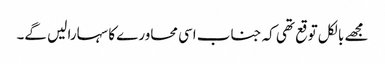
مجھے بالکل توقع تھی کہ جناب اسی محاورے کا سہارا لیں گے۔